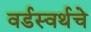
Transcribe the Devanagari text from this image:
वर्डस्वर्थचे